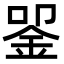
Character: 𬫈